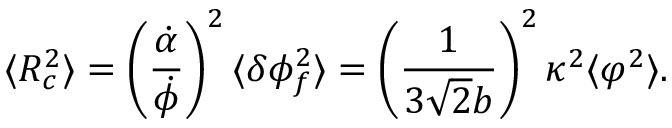
\langle { \cal R } _ { c } ^ { 2 } \rangle = \left( \frac { \dot { \alpha } } { \dot { \phi } } \right) ^ { 2 } \langle \delta \phi _ { f } ^ { 2 } \rangle = \left( \frac { 1 } { 3 \sqrt { 2 } b } \right) ^ { 2 } \kappa ^ { 2 } \langle \varphi ^ { 2 } \rangle .